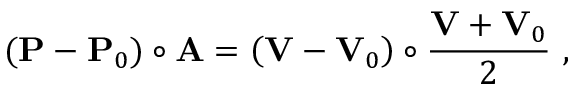
( \mathbf { P } - \mathbf { P } _ { 0 } ) \circ \mathbf { A } = \left( \mathbf { V } - \mathbf { V } _ { 0 } \right) \circ { \frac { \mathbf { V } + \mathbf { V } _ { 0 } } { 2 } } \ ,